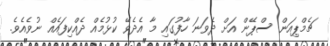
ޗެމްޕިއަން ސްޕޭން އަށް ދެވަނަ ހާފުގައި މާ އެދެވޭ ކުޅުމެއް ދެއްކިފައެއް ނުވެއެވެ.